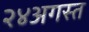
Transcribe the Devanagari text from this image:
२४अगस्त